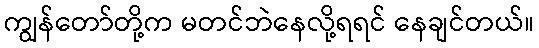
ကျွန်တော်တို့က မတင်ဘဲနေလို့ရရင် နေချင်တယ်။